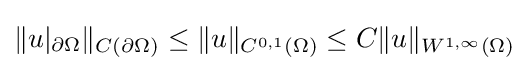
\|u|_{\partial \Omega }\|_{C(\partial \Omega )}\leq \|u\|_{C^{0,1}(\Omega )}\leq C\|u\|_{W^{1,\infty }(\Omega )}